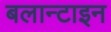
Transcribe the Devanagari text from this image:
बलान्टाइन